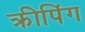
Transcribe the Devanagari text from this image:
क्रीपिंग